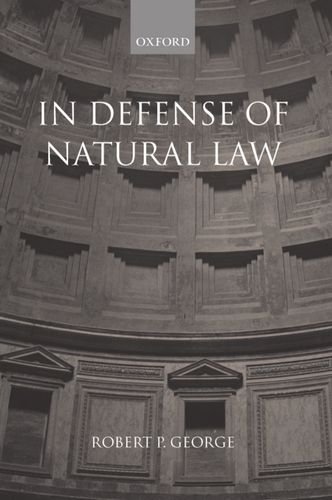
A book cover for In Defense of Natural Law; Robert P. George; Law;